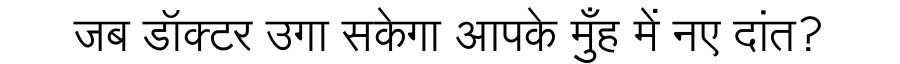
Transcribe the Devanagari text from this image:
जब डॉक्टर उगा सकेगा आपके मुँह में नए दांत?